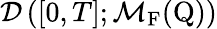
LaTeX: \mathcal{D}\left([0,T];\mathcal{M}_{\mathrm{F}}(\mathrm{Q})\right)